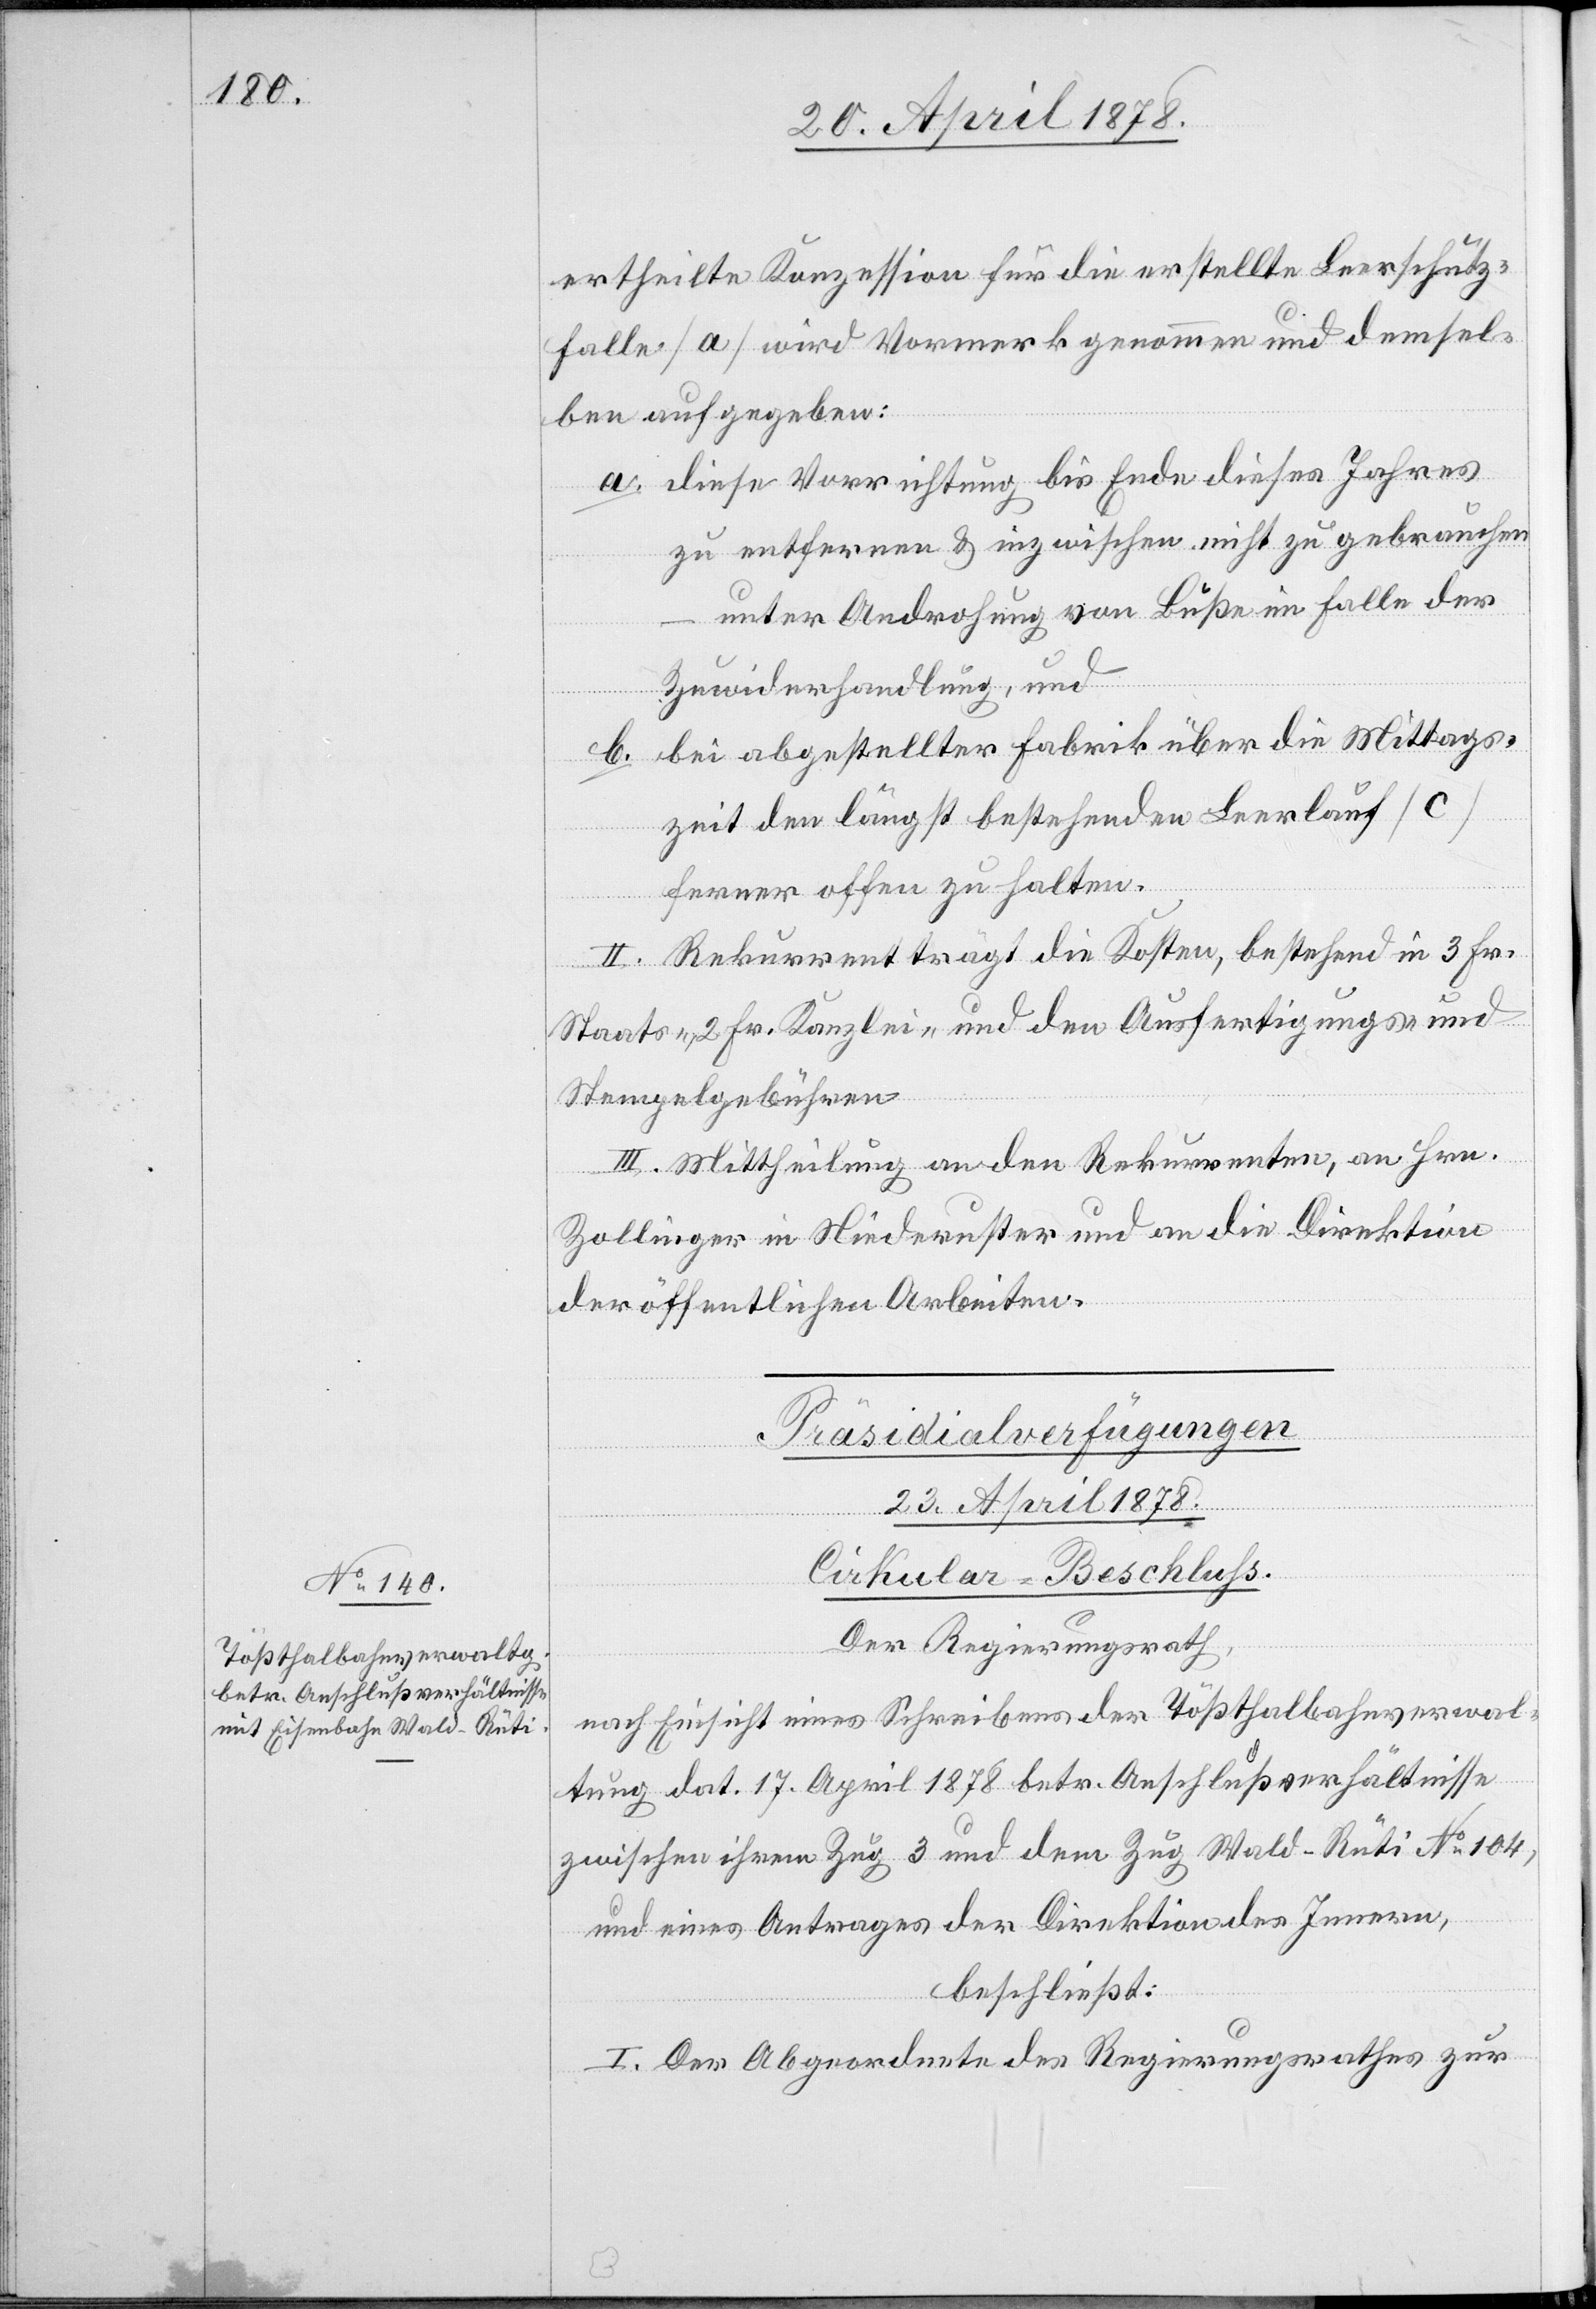
ertheilte Konzession für die erstellte Leerschutz¬
falle (a) wird Vormerk genommen und demsel¬
ben aufgegeben:
diese Vorrichtung bis Ende dieses Jahres
zu entfernen & inzwischen nicht zu gebrauchen
– unter Androhung von Buße im Falle der
Zuwiderhandlung, und
b.
bei abgestellter Fabrik über die Mittags¬
zeit den längst bestehenden Leerlauf (c)
ferner offen zu halten.[“]
II. Rekurrent trägt die Kosten, bestehend in 3 Fr.
Staats-, 2 Fr. Kanzlei- und den Ausfertigungs- und
Stempelgebühren.
III. Mittheilung an den Rekurrenten, an Hrn.
Zollinger in Niederuster und an die Direktion
der öffentlichen Arbeiten.
Präsidialverfügungen
23. April 1878.
Cirkular-Beschluß.
Der Regierungsrath,
nach Einsicht eines Schreibens der Tößthalbahnsverwal¬
tung dat. 17. April 1878 betr. Anschlußverhältnisse
zwischen ihrem Zug 3 und dem Zug Wald–Rüti No 104,
und eines Antrages der Direktion des Innern,
beschließt:
I. Der Abgeordnete des Regierungsrathes zur